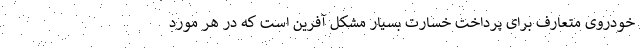
خودروی متعارف برای پرداخت خسارت بسیار مشکل آفرین است که در هر مورد